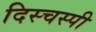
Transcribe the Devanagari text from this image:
दिस्चस्पी